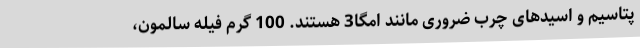
پتاسیم و اسیدهای چرب ضروری مانند امگا3 هستند. 100 گرم فیله سالمون،